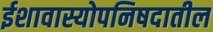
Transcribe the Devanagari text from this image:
ईशावास्योपनिषदातील